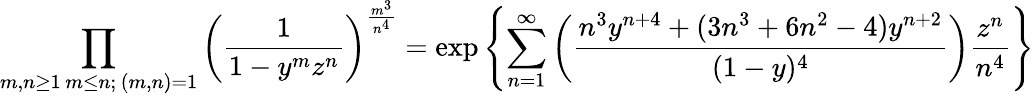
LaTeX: \prod_{\substack{m,n\geq 1\, m\leq n;\, (m,n)=1}}\left(\frac{1}{1-y^{m}z^{n}}\right)^{\frac{m^{3}}{n^{4}}}=\exp\left\{ \sum_{n=1}^{\infty}\left(\frac{n^{3}y^{n+4}+(3n^{3}+6n^{2}-4)y^{n+2}}{(1-y)^{4}}\right)\frac{z^{n}}{n^{4}}\right\}